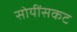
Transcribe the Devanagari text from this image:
सोयींसकट